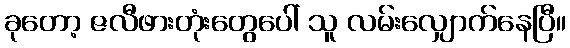
ခုတော့ ဇလီဖားတုံးတွေပေါ် သူ လမ်းလျှောက်နေပြီ။